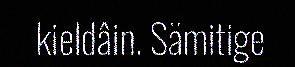
kieldâin. Sämitige